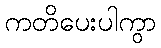
ကတိပေးပါကွာ